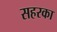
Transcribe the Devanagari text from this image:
सहरका